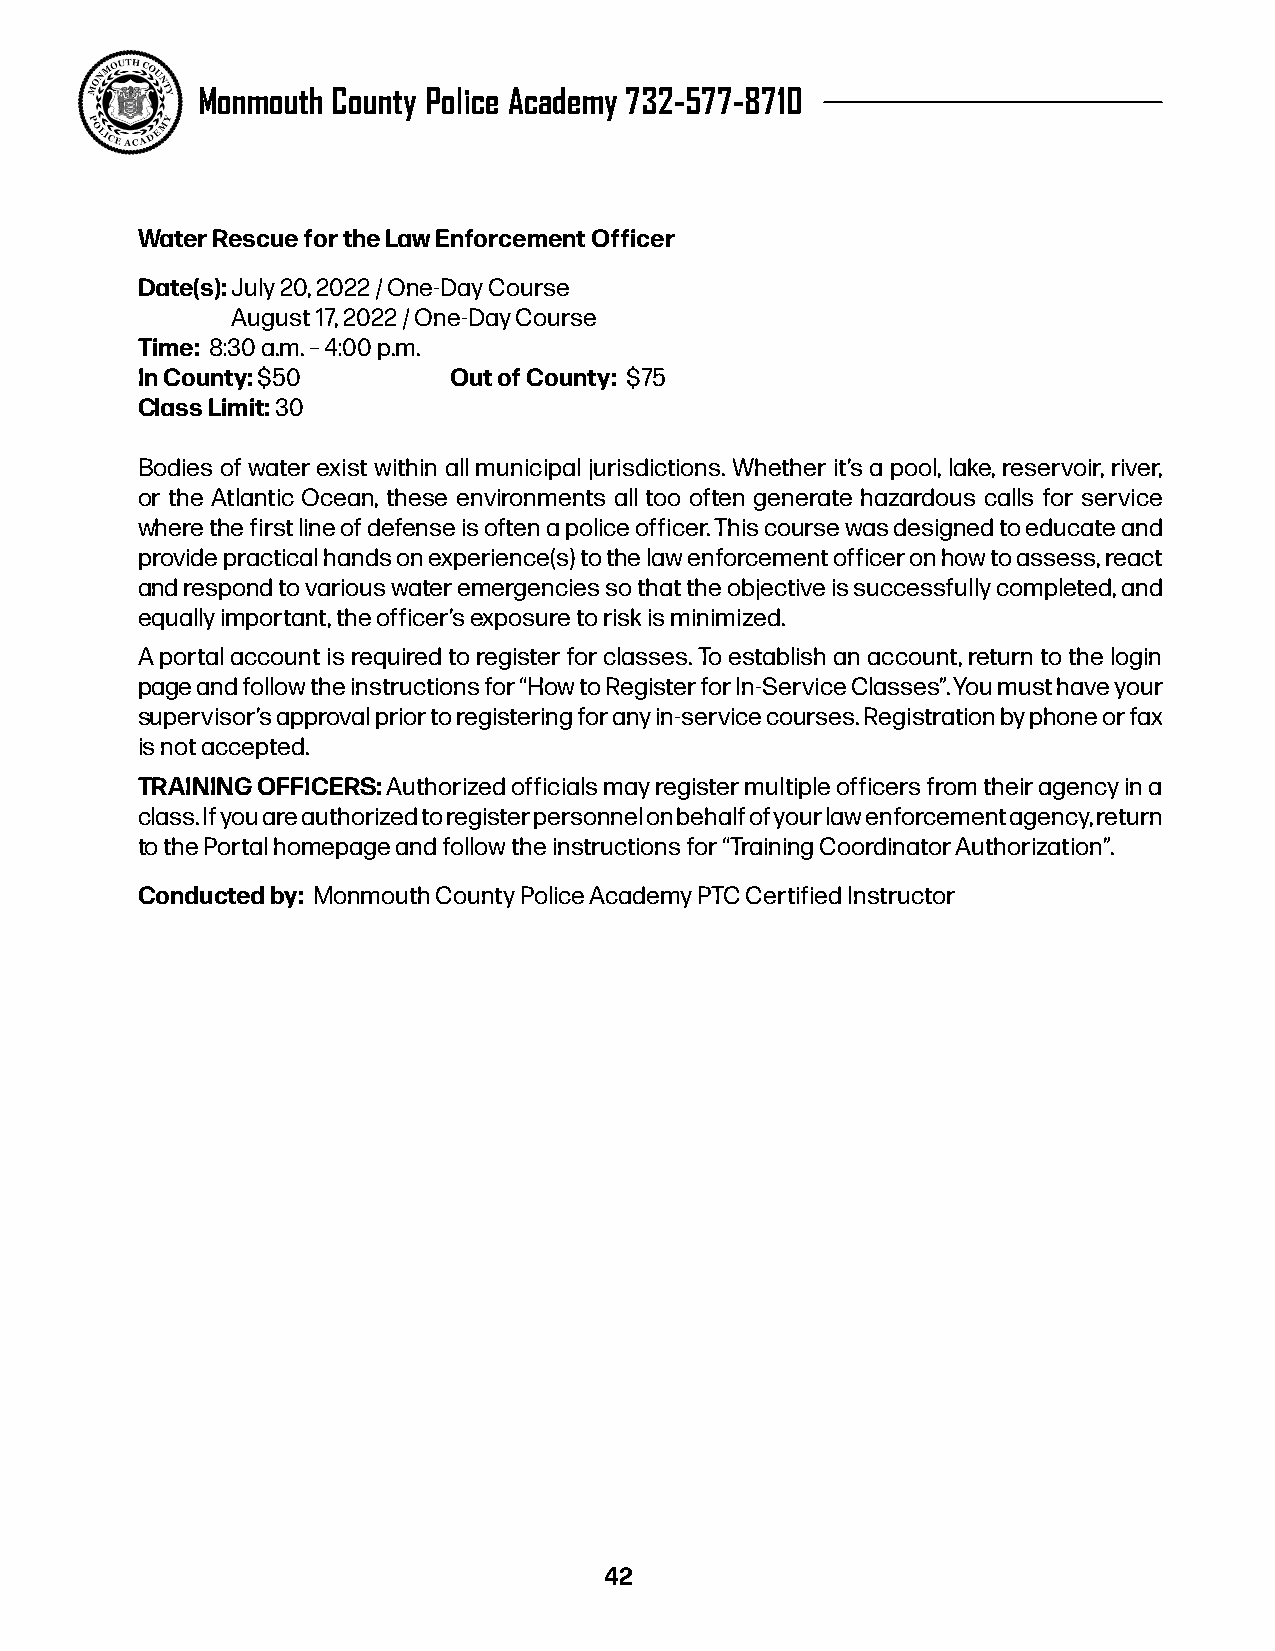
Monmouth County Police Academy 732-577-8710
 Water Rescue for the Law Enforcement Officer
 Date(s): July 20, 2022 / One-Day Course
 August 17, 2022 / One-Day Course
 Time: 8:30 a.m. – 4:00 p.m.
 In County: $50       Out of County: $75
 Class Limit: 30
 Bodies of water exist within all municipal jurisdictions. Whether it’s a pool, lake, reservoir, river,
 or the Atlantic Ocean, these environments all too often generate hazardous calls for service
 where the first line of defense is often a police officer. This course was designed to educate and
 provide practical hands on experience(s) to the law enforcement officer on how to assess, react
 and respond to various water emergencies so that the objective is successfully completed, and
 equally important, the officer’s exposure to risk is minimized.
 A portal account is required to register for classes. To establish an account, return to the login
 page and follow the instructions for “How to Register for In-Service Classes”. You must have your
 supervisor’s approval prior to registering for any in-service courses. Registration by phone or fax
 is not accepted.
 TRAINING OFFICERS: Authorized officials may register multiple officers from their agency in a
 class. If you are authorized to register personnel on behalf of your law enforcement agency, return
 to the Portal homepage and follow the instructions for “Training Coordinator Authorization”.
 Conducted by: Monmouth County Police Academy PTC Certified Instructor
 42